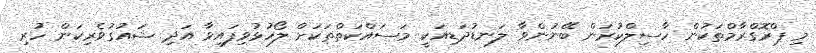
މި ޕްރޮގްރާމްތަކުން ހާސިލްކުރަން ބޭނުންވާ ލަނޑުދަޑިއަކީ މަސައްކަތްތަކަށް ލޯހުޅުވިފައިވާ އަދި ޝައުގުވެރިކަން ހުރި